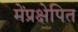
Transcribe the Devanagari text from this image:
मेंप्रक्षेपित